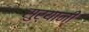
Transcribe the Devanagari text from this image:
सुर्यानी